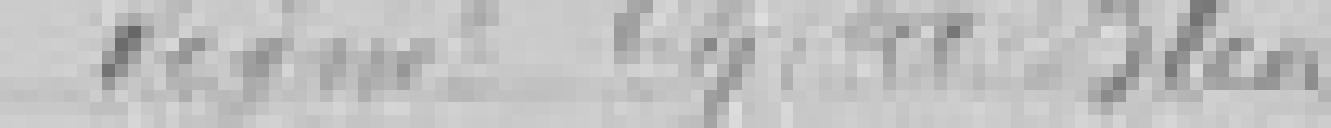
Signé : Ch. Le Bleu